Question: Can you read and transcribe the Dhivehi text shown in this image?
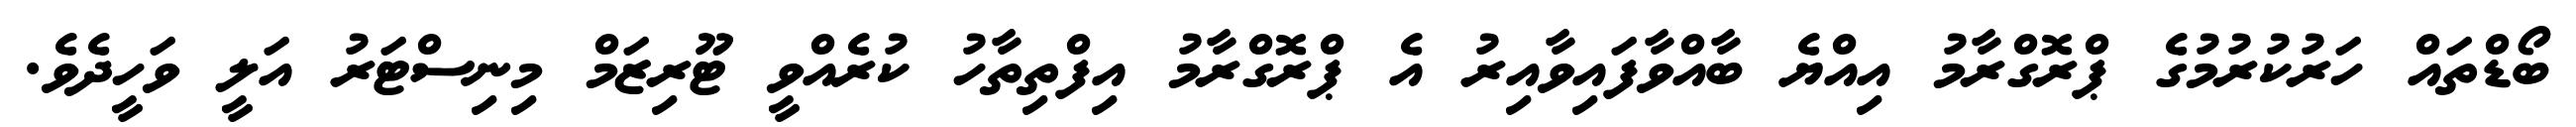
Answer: ބޯޑްތައް ހަރުކުރުމުގެ ޕްރޮގްރާމު އިއްޔެ ބާއްވާފައިވާއިރު އެ ޕްރޮގްރާމު އިފްތިތާހު ކުރެއްވީ ޓޫރިޒަމް މިނިސްޓަރު އަލީ ވަހީދެވެ.